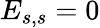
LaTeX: E_{s,s}=0